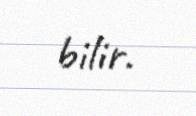
bilir.